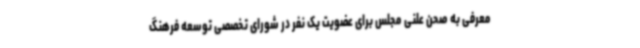
معرفی به صحن علنی مجلس برای عضویت یک نفر در شورای تخصصی توسعه فرهنگ